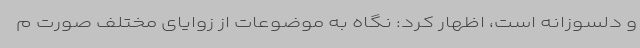
و دلسوزانه است، اظهار کرد: نگاه به موضوعات از زوایای مختلف صورت م